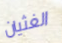
الغثيان